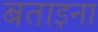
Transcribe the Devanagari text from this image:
बताइना